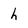
Character: h